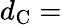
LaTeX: d_{\mathrm{C}}=